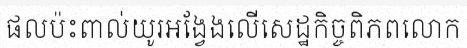
ផលប៉ះពាល់យូរអង្វែងលើសេដ្ឋកិច្ចពិភពលោក